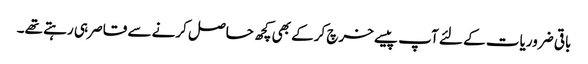
باقی ضروریات کے لئے آپ پیسے خرچ کرکے بھی کچھ حاصل کرنے سے قاصر ہی رہتے تھے۔